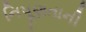
નિપૂણતાની